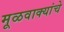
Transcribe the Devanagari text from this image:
मूळवाक्यांचे